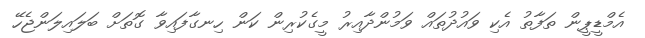
އެމްޑީޕީން ތަފާތު އެކި ވައުދުތައް ވަމުންދާއިރު މީގެކުރިން ކަން ހިނގާފައިވާ ގޮތަށް ބަލައިލަންޖެހޭ